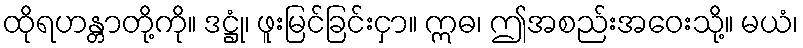
ထိုရဟန္တာတို့ကို။ ဒဋ္ဌုံ၊ ဖူးမြင်ခြင်းငှာ။ ဣဓ၊ ဤအစည်းအဝေးသို့။ မယံ၊